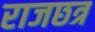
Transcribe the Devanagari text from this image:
राजछत्र